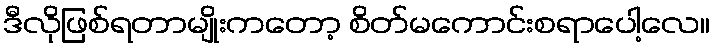
ဒီလိုဖြစ်ရတာမျိုးကတော့ စိတ်မကောင်းစရာပေါ့လေ။